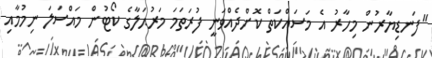
"ފަނޑިޔާރުން މިހާރު އެ މަސައްކަތް ކޮށްދެއްވަނީ ފުރަތަމަ މަރުޙަލާގެ ކޯޓުން މައްސަލަ ނިމުމާއި